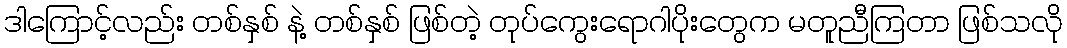
ဒါကြောင့်လည်း တစ်နှစ် နဲ့ တစ်နှစ် ဖြစ်တဲ့ တုပ်ကွေးရောဂါပိုးတွေက မတူညီကြတာ ဖြစ်သလို